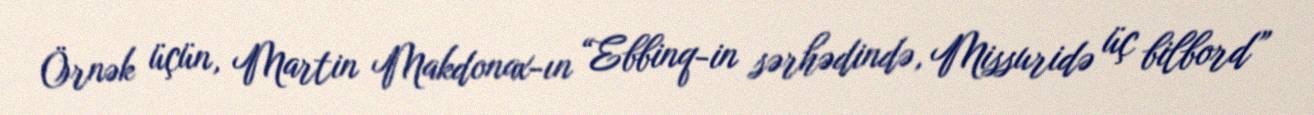
Örnək üçün, Martin Makdonax-ın “Ebbinq-in sərhədində, Missuridə üç bilbord”